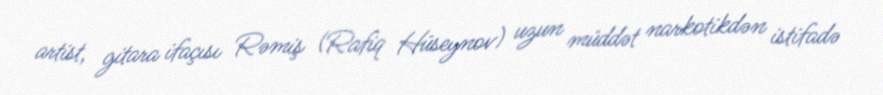
artist, gitara ifaçısı Rəmiş (Rafiq Hüseynov) uzun müddət narkotikdən istifadə